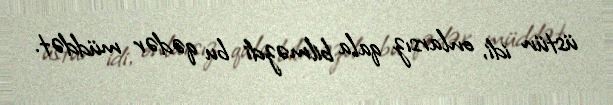
üstün idi, onlarsız qala bilməzdi bu qədər müddət.